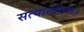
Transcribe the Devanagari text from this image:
सत्यान्वेषण।